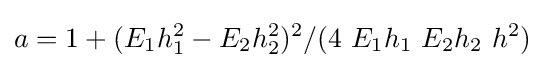
a=1+(E_{1}h_{1}^{2}-E_{2}h_{2}^{2})^{2}/(4\ E_{1}h_{1}\ E_{2}h_{2}\ h^{2})